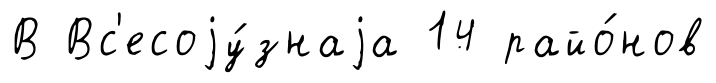
В Вс'есоjу́знаjа 14 райо́нов